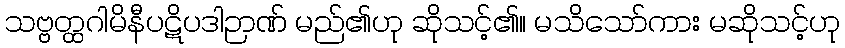
သဗ္ဗတ္ထဂါမိနီပဋိပဒါဉာဏ် မည်၏ဟု ဆိုသင့်၏။ မသိသော်ကား မဆိုသင့်ဟု